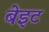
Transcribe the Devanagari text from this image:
बेइट